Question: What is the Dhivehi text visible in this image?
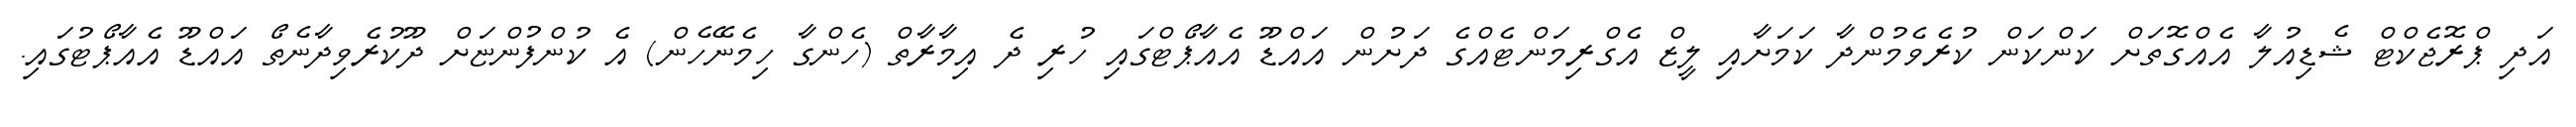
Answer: އަދި ޕްރޮޖެކްޓް ޝެޑިއުލާ އެއްގޮތަށް ކަންކަން ކުރެވެމުންދާ ކަމަށާއި ލީޒް އެގްރިމަންޓެއްގެ ދަށުން އައްޑޫ އެއާޕޯޓްގައި ހުރި ދެ އިމާރާތް (ހެންގާ ހިމެނޭހެން) އެ ކުންފުންޏަށް ދޫކުރެވިދާނެތޯ އައްޑޫ އެއާޕޯޓުގައި.